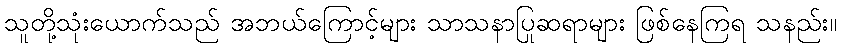
သူတို့သုံးယောက်သည် အဘယ်ကြောင့်များ သာသနာပြုဆရာများ ဖြစ်နေကြရ သနည်း။